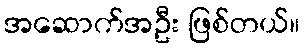
အဆောက်အဦး ဖြစ်တယ်။